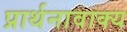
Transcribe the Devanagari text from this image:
प्रार्थनावाक्य